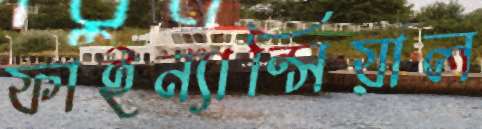
ফাইন্যান্সিয়াল